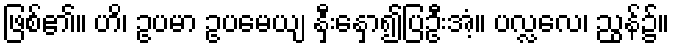
ဖြစ်၏။ ဟိ၊ ဥပမာ ဥပမေယျ နှီးနှော၍ပြဦးအံ့။ ပလ္လလေ၊ ညွန်၌။